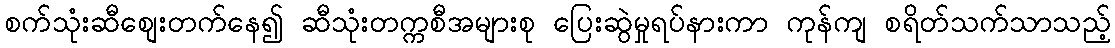
စက်သုံးဆီစျေးတက်နေ၍ ဆီသုံးတက္ကစီအများစု ပြေးဆွဲမှုရပ်နားကာ ကုန်ကျ စရိတ်သက်သာသည့်